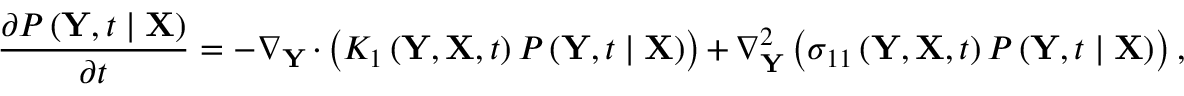
\frac { \partial P \left( \mathbf { Y } , t \mid \mathbf { X } \right) } { \partial t } = - \nabla _ { \mathbf { Y } } \cdot \left( K _ { 1 } \left( \mathbf { Y } , \mathbf { X } , t \right) P \left( \mathbf { Y } , t \mid \mathbf { X } \right) \right) + \nabla _ { \mathbf { Y } } ^ { 2 } \left( \sigma _ { 1 1 } \left( \mathbf { Y } , \mathbf { X } , t \right) P \left( \mathbf { Y } , t \mid \mathbf { X } \right) \right) ,